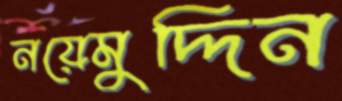
নয়েমুদ্দিন